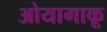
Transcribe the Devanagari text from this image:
ओयागाकू